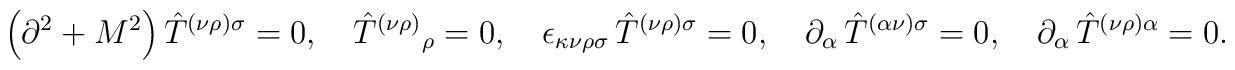
\left( \partial ^{2}+M^{2}\right) {\hat{T}}^{(\nu \rho )\sigma}=0,\quad { \hat{T}}^{(\nu \rho )}{}_{\rho }=0,\quad \epsilon_{\kappa \nu \rho \sigma }\,{\hat{T}}^{(\nu \rho )\sigma}=0,\quad \partial _{\alpha }\,{\hat{T}}^{({ \alpha }\nu )\sigma}=0,\quad \partial _{\alpha }\,{\hat{T}}^{(\nu \rho )\alpha }=0.